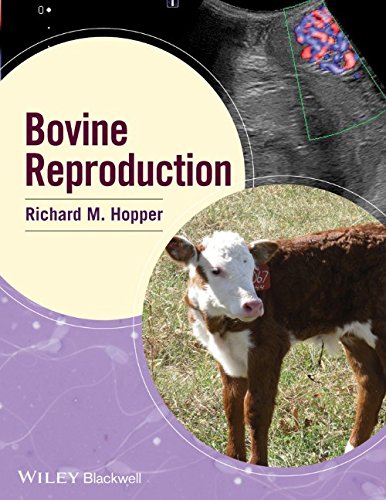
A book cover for Bovine Reproduction; Medical Books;